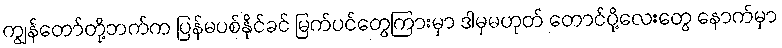
ကျွန်တော်တို့ဘက်က ပြန်မပစ်နိုင်ခင် မြက်ပင်တွေကြားမှာ ဒါမှမဟုတ် တောင်ပို့လေးတွေ နောက်မှာ